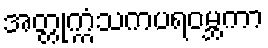
အတ္တုက္ကံသကပရဝမ္ဘကာ